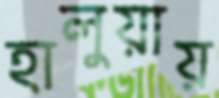
হালুয়ায়